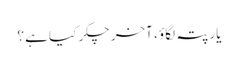
یار پتہ لگاؤ ، آخر چکر کیا ہے ؟